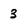
Character: 3